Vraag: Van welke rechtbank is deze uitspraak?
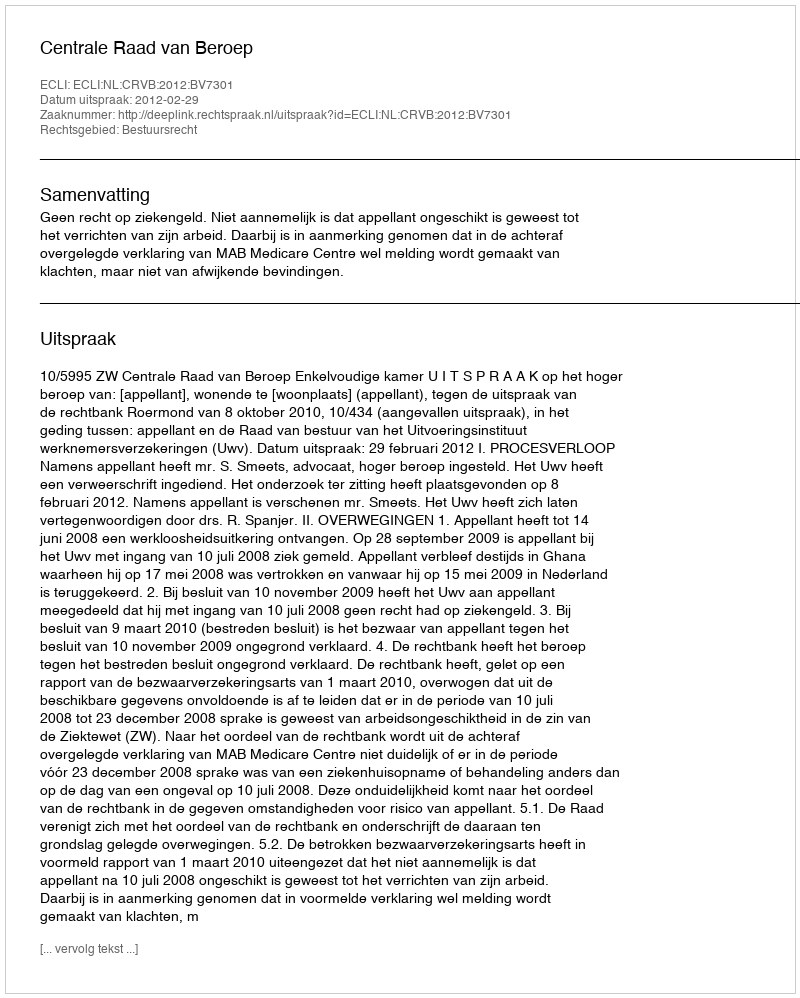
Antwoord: Centrale Raad van Beroep